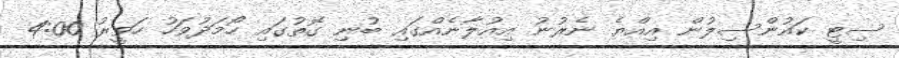
ސިޓީ ކައުންސިލުން އިއްޔެ ނެރުނު އިއުލާނެއްގައި ބުނި ގޮތުގައި ހޯމަދުވަހު ހަވީރު 4:00